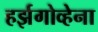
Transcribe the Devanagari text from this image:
हर्झगोव्हेना